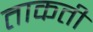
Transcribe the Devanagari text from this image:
ताकती